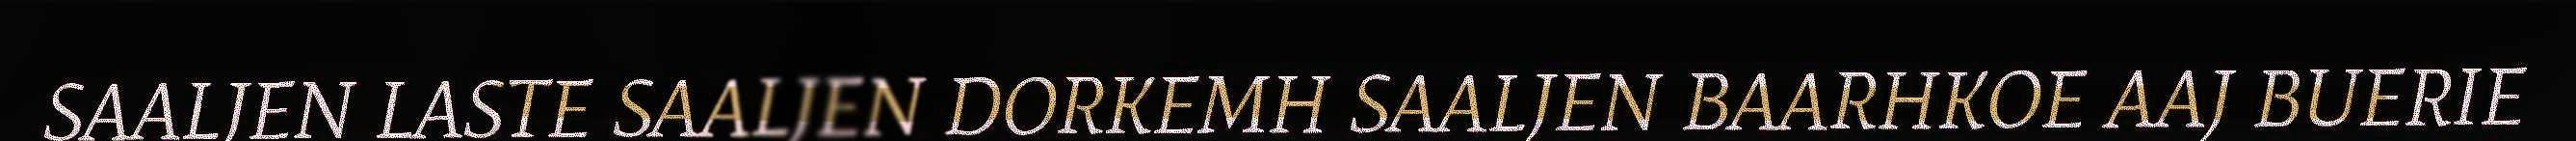
SAALJEN LASTE SAALJEN DORKEMH SAALJEN BAARHKOE AAJ BUERIE